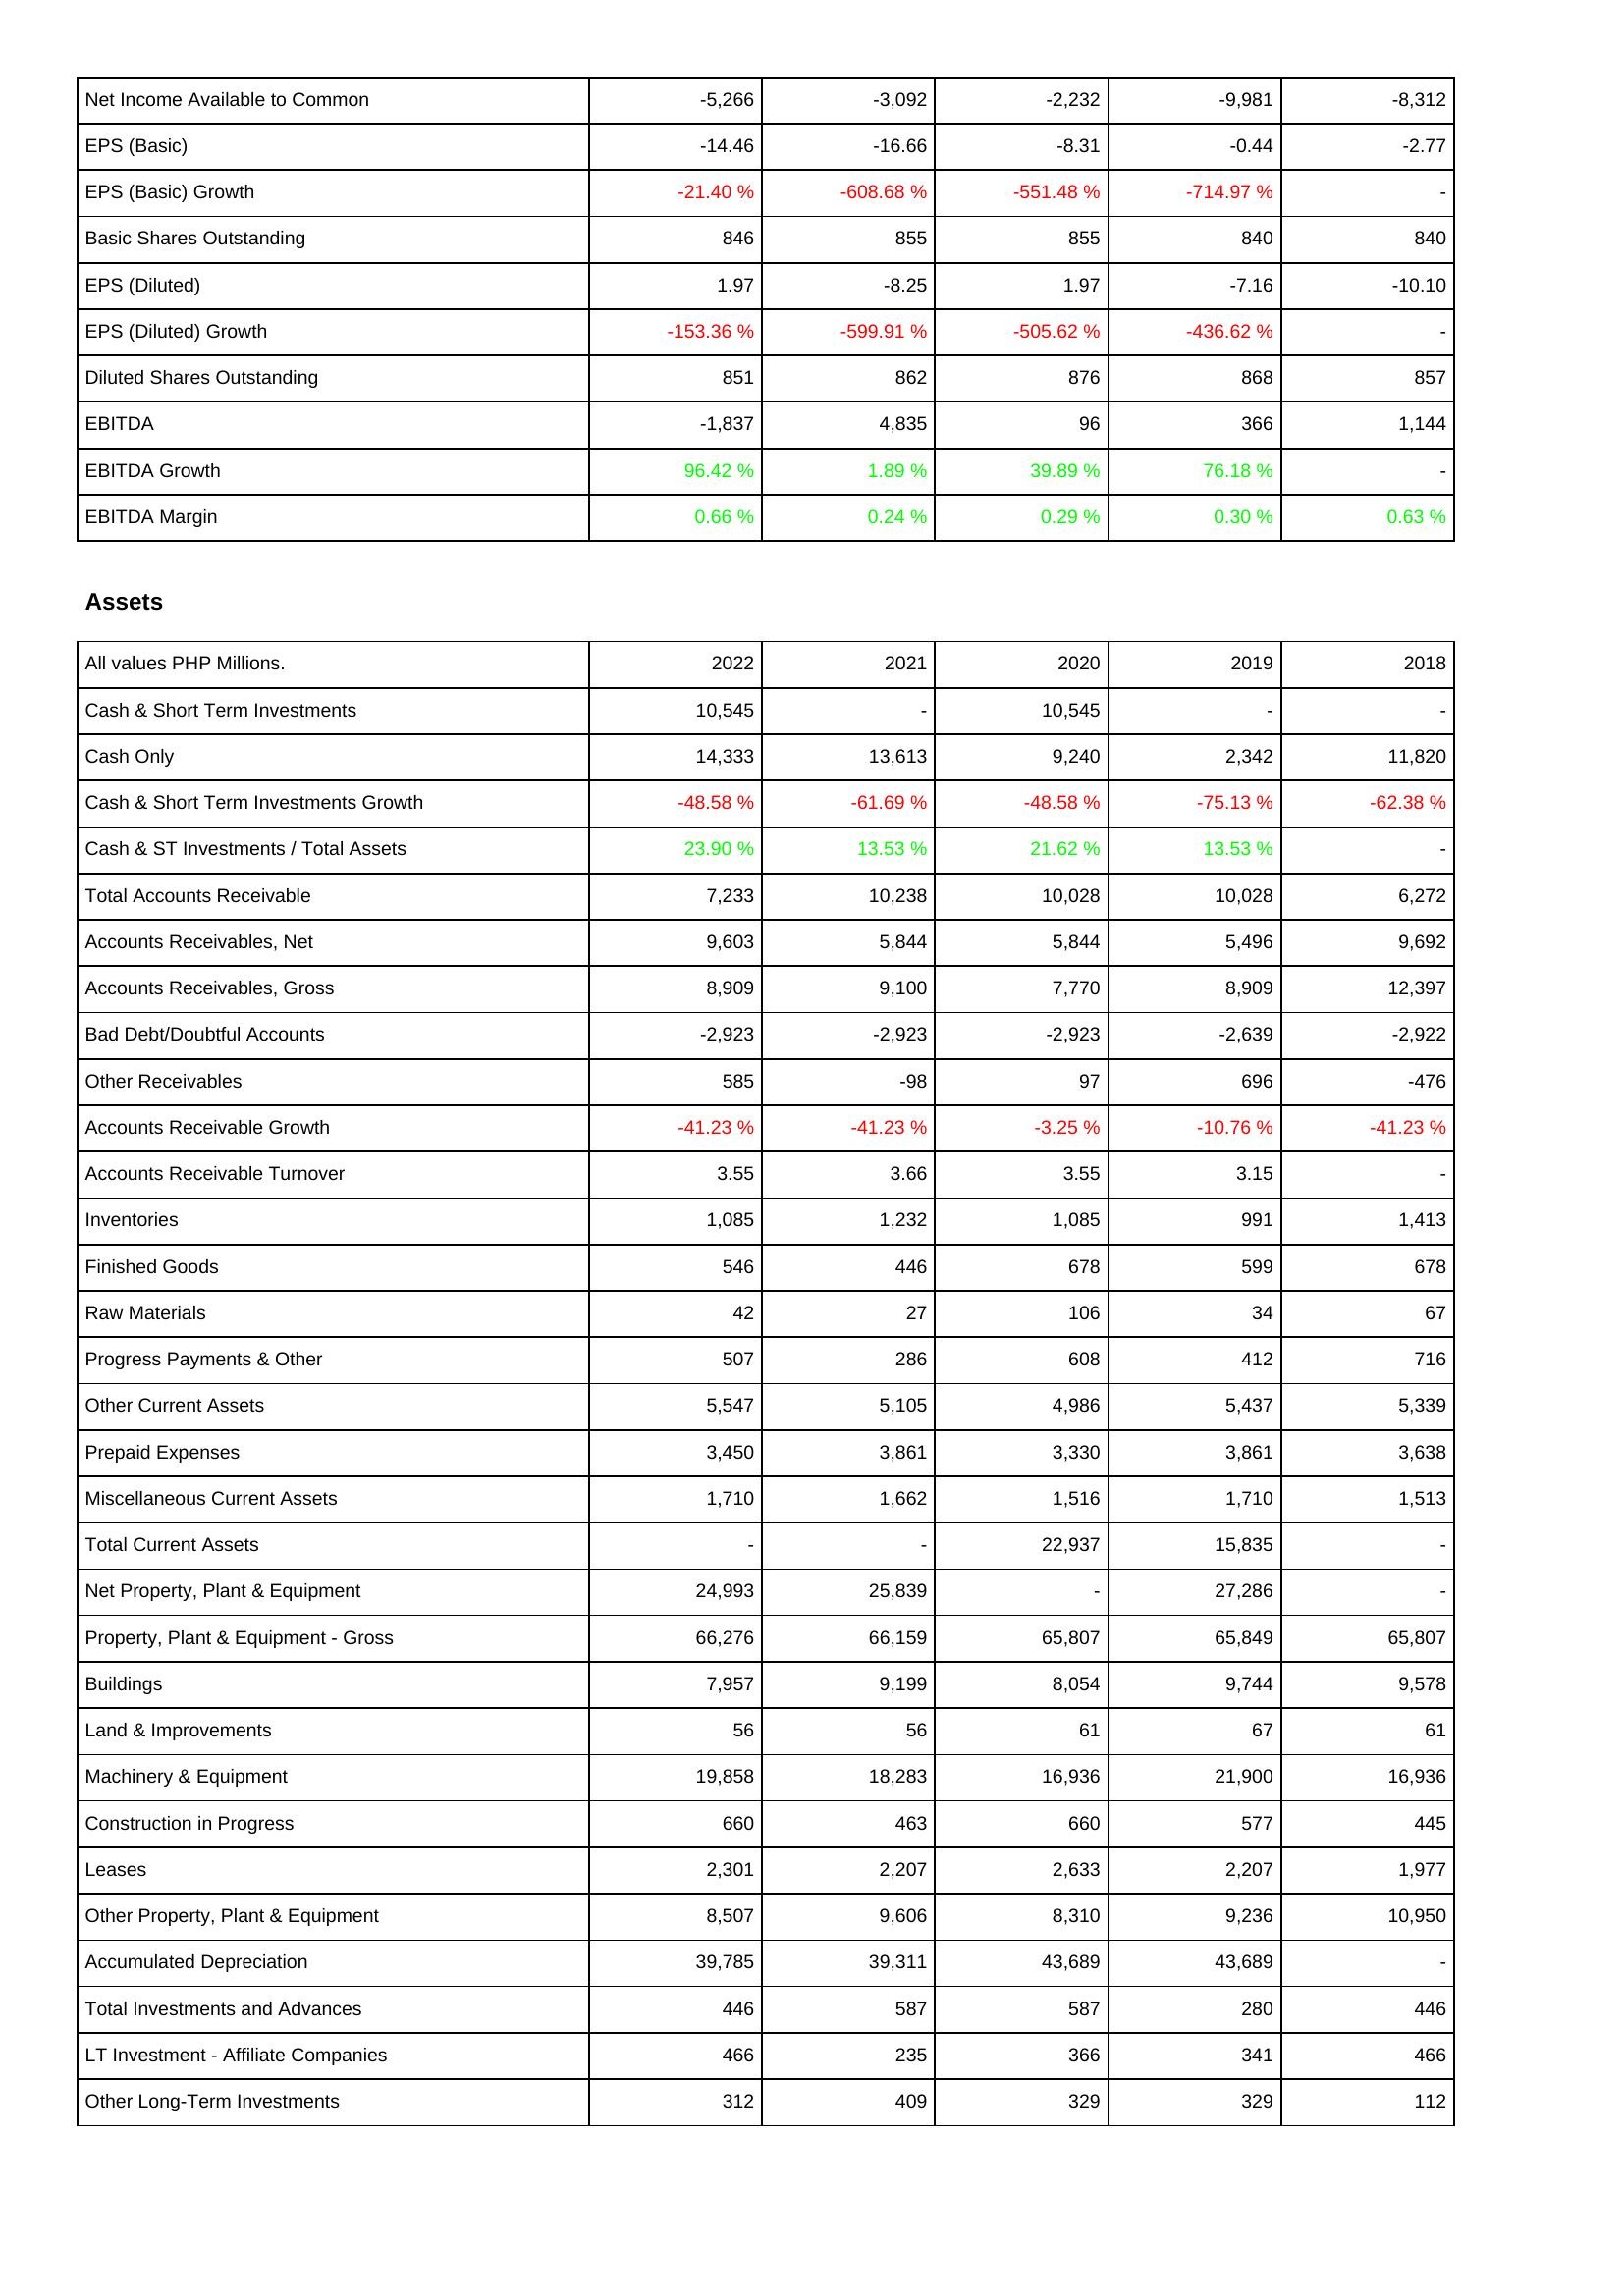
2022: Income Statement: Net Income Available to Common: -5,266
EPS (Basic): -14.46
EPS (Basic) Growth: -21.40 %
Basic Shares Outstanding: 846
EPS (Diluted): 1.97
EPS (Diluted) Growth: -153.36 %
Diluted Shares Outstanding: 851
EBITDA: -1,837
EBITDA Growth: 96.42 %
EBITDA Margin: 0.66 %
Assets: Cash & Short Term Investments: 10,545
Cash Only: 14,333
Cash & Short Term Investments Growth: -48.58 %
Cash & ST Investments / Total Assets: 23.90 %
Total Accounts Receivable: 7,233
Accounts Receivables, Net: 9,603
Accounts Receivables, Gross: 8,909
Bad Debt/Doubtful Accounts: -2,923
Other Receivables: 585
Accounts Receivable Growth: -41.23 %
Accounts Receivable Turnover: 3.55
Inventories: 1,085
Finished Goods: 546
Raw Materials: 42
Progress Payments & Other: 507
Other Current Assets: 5,547
Prepaid Expenses: 3,450
Miscellaneous Current Assets: 1,710
Total Current Assets: -
Net Property, Plant & Equipment: 24,993
Property, Plant & Equipment - Gross: 66,276
Buildings: 7,957
Land & Improvements: 56
Machinery & Equipment: 19,858
Construction in Progress: 660
Leases: 2,301
Other Property, Plant & Equipment: 8,507
Accumulated Depreciation: 39,785
Total Investments and Advances: 446
LT Investment - Affiliate Companies: 466
Other Long-Term Investments: 312
2021: Income Statement: Net Income Available to Common: -3,092
EPS (Basic): -16.66
EPS (Basic) Growth: -608.68 %
Basic Shares Outstanding: 855
EPS (Diluted): -8.25
EPS (Diluted) Growth: -599.91 %
Diluted Shares Outstanding: 862
EBITDA: 4,835
EBITDA Growth: 1.89 %
EBITDA Margin: 0.24 %
Assets: Cash & Short Term Investments: -
Cash Only: 13,613
Cash & Short Term Investments Growth: -61.69 %
Cash & ST Investments / Total Assets: 13.53 %
Total Accounts Receivable: 10,238
Accounts Receivables, Net: 5,844
Accounts Receivables, Gross: 9,100
Bad Debt/Doubtful Accounts: -2,923
Other Receivables: -98
Accounts Receivable Growth: -41.23 %
Accounts Receivable Turnover: 3.66
Inventories: 1,232
Finished Goods: 446
Raw Materials: 27
Progress Payments & Other: 286
Other Current Assets: 5,105
Prepaid Expenses: 3,861
Miscellaneous Current Assets: 1,662
Total Current Assets: -
Net Property, Plant & Equipment: 25,839
Property, Plant & Equipment - Gross: 66,159
Buildings: 9,199
Land & Improvements: 56
Machinery & Equipment: 18,283
Construction in Progress: 463
Leases: 2,207
Other Property, Plant & Equipment: 9,606
Accumulated Depreciation: 39,311
Total Investments and Advances: 587
LT Investment - Affiliate Companies: 235
Other Long-Term Investments: 409
2020: Income Statement: Net Income Available to Common: -2,232
EPS (Basic): -8.31
EPS (Basic) Growth: -551.48 %
Basic Shares Outstanding: 855
EPS (Diluted): 1.97
EPS (Diluted) Growth: -505.62 %
Diluted Shares Outstanding: 876
EBITDA: 96
EBITDA Growth: 39.89 %
EBITDA Margin: 0.29 %
Assets: Cash & Short Term Investments: 10,545
Cash Only: 9,240
Cash & Short Term Investments Growth: -48.58 %
Cash & ST Investments / Total Assets: 21.62 %
Total Accounts Receivable: 10,028
Accounts Receivables, Net: 5,844
Accounts Receivables, Gross: 7,770
Bad Debt/Doubtful Accounts: -2,923
Other Receivables: 97
Accounts Receivable Growth: -3.25 %
Accounts Receivable Turnover: 3.55
Inventories: 1,085
Finished Goods: 678
Raw Materials: 106
Progress Payments & Other: 608
Other Current Assets: 4,986
Prepaid Expenses: 3,330
Miscellaneous Current Assets: 1,516
Total Current Assets: 22,937
Net Property, Plant & Equipment: -
Property, Plant & Equipment - Gross: 65,807
Buildings: 8,054
Land & Improvements: 61
Machinery & Equipment: 16,936
Construction in Progress: 660
Leases: 2,633
Other Property, Plant & Equipment: 8,310
Accumulated Depreciation: 43,689
Total Investments and Advances: 587
LT Investment - Affiliate Companies: 366
Other Long-Term Investments: 329
2019: Income Statement: Net Income Available to Common: -9,981
EPS (Basic): -0.44
EPS (Basic) Growth: -714.97 %
Basic Shares Outstanding: 840
EPS (Diluted): -7.16
EPS (Diluted) Growth: -436.62 %
Diluted Shares Outstanding: 868
EBITDA: 366
EBITDA Growth: 76.18 %
EBITDA Margin: 0.30 %
Assets: Cash & Short Term Investments: -
Cash Only: 2,342
Cash & Short Term Investments Growth: -75.13 %
Cash & ST Investments / Total Assets: 13.53 %
Total Accounts Receivable: 10,028
Accounts Receivables, Net: 5,496
Accounts Receivables, Gross: 8,909
Bad Debt/Doubtful Accounts: -2,639
Other Receivables: 696
Accounts Receivable Growth: -10.76 %
Accounts Receivable Turnover: 3.15
Inventories: 991
Finished Goods: 599
Raw Materials: 34
Progress Payments & Other: 412
Other Current Assets: 5,437
Prepaid Expenses: 3,861
Miscellaneous Current Assets: 1,710
Total Current Assets: 15,835
Net Property, Plant & Equipment: 27,286
Property, Plant & Equipment - Gross: 65,849
Buildings: 9,744
Land & Improvements: 67
Machinery & Equipment: 21,900
Construction in Progress: 577
Leases: 2,207
Other Property, Plant & Equipment: 9,236
Accumulated Depreciation: 43,689
Total Investments and Advances: 280
LT Investment - Affiliate Companies: 341
Other Long-Term Investments: 329
2018: Income Statement: Net Income Available to Common: -8,312
EPS (Basic): -2.77
EPS (Basic) Growth: -
Basic Shares Outstanding: 840
EPS (Diluted): -10.10
EPS (Diluted) Growth: -
Diluted Shares Outstanding: 857
EBITDA: 1,144
EBITDA Growth: -
EBITDA Margin: 0.63 %
Assets: Cash & Short Term Investments: -
Cash Only: 11,820
Cash & Short Term Investments Growth: -62.38 %
Cash & ST Investments / Total Assets: -
Total Accounts Receivable: 6,272
Accounts Receivables, Net: 9,692
Accounts Receivables, Gross: 12,397
Bad Debt/Doubtful Accounts: -2,922
Other Receivables: -476
Accounts Receivable Growth: -41.23 %
Accounts Receivable Turnover: -
Inventories: 1,413
Finished Goods: 678
Raw Materials: 67
Progress Payments & Other: 716
Other Current Assets: 5,339
Prepaid Expenses: 3,638
Miscellaneous Current Assets: 1,513
Total Current Assets: -
Net Property, Plant & Equipment: -
Property, Plant & Equipment - Gross: 65,807
Buildings: 9,578
Land & Improvements: 61
Machinery & Equipment: 16,936
Construction in Progress: 445
Leases: 1,977
Other Property, Plant & Equipment: 10,950
Accumulated Depreciation: -
Total Investments and Advances: 446
LT Investment - Affiliate Companies: 466
Other Long-Term Investments: 112